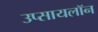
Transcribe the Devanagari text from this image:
उप्सायलॉन